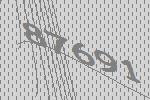
87691